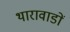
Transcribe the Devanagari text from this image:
थारावाडों